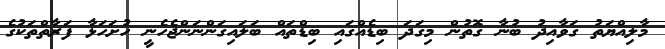
މާލިއްޔަތު ގަވާއިދު ބުނާ ގޮތުން މިގަދަ ބިޑެއްގައި ބިޑްތައް ބަލައިގަންނަންޖެހެނީ ހުށަހަޅާ ފަރާތްތަކުގެ